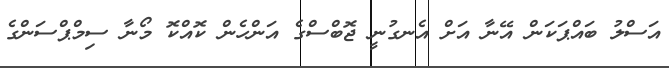
އަސްލު ބައްޕަކަން އޭނާ އަށް އެނގުނީ ޖޮބްސްގެ އަންހެން ކޮއްކޮ މޯނާ ސިމްޕްސަންގެ